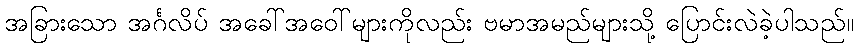
အခြားသော အင်္ဂလိပ် အခေါ်အဝေါ်များကိုလည်း ဗမာအမည်များသို့ ပြောင်းလဲခဲ့ပါသည်။